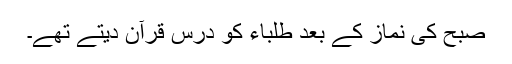
صبح کی نماز کے بعد طلباء کو درسِ قرآن دیتے تھے۔